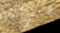
مزيد